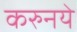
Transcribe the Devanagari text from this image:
करुनये